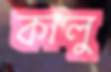
কালু